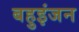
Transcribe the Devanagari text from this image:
बहुइंजन